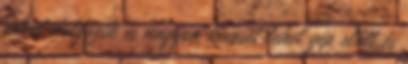
sokat dolgozik és nagyon keveset lehet gép előtt és